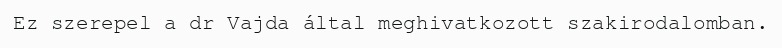
Ez szerepel a dr Vajda által meghivatkozott szakirodalomban.